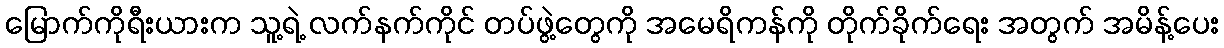
မြောက်ကိုရီးယားက သူ့ရဲ့ လက်နက်ကိုင် တပ်ဖွဲ့တွေကို အမေရိကန်ကို တိုက်ခိုက်ရေး အတွက် အမိန့်ပေး